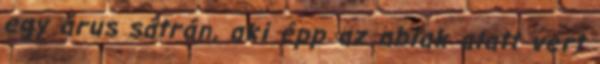
egy árus sátrán, aki épp az ablak alatt vert